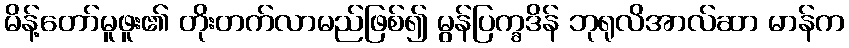
မိန့်တော်မူဖူး၏ တိုးတက်လာမည်ဖြစ်၍ မွန်ပြက္ခဒိန် ဘုရုလိအာလ်ဆာ မာန်က